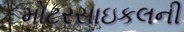
મોટરસાઇકલની